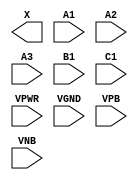
module sky130_fd_sc_hd__o311a (
    X   ,
    A1  ,
    A2  ,
    A3  ,
    B1  ,
    C1  ,
    VPWR,
    VGND,
    VPB ,
    VNB
);

    output X   ;
    input  A1  ;
    input  A2  ;
    input  A3  ;
    input  B1  ;
    input  C1  ;
    input  VPWR;
    input  VGND;
    input  VPB ;
    input  VNB ;
endmodule